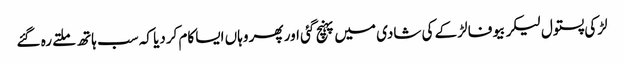
لڑکی پستول لیکر بیوفا لڑکے کی شادی میں پہنچ گئی اور پھر وہاں ایسا کام کردیا کہ سب ہاتھ ملتے رہ گئے